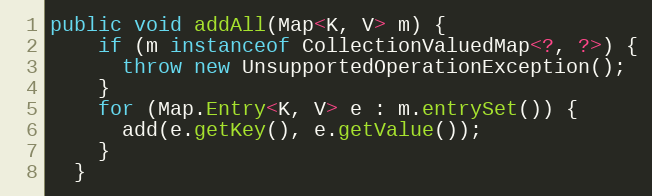
Language: Java
public void addAll(Map<K, V> m) {
    if (m instanceof CollectionValuedMap<?, ?>) {
      throw new UnsupportedOperationException();
    }
    for (Map.Entry<K, V> e : m.entrySet()) {
      add(e.getKey(), e.getValue());
    }
  }